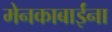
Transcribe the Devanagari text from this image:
मेनकाबाईंना